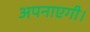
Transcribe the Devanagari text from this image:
अपनाएगी।